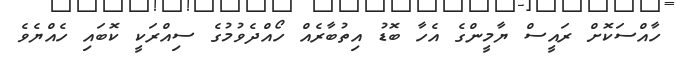
ހާއްސަކޮށް ރައީސް ޔާމީންގެ އެހާ ބޮޑު އިތުބާރެއް ހޯއްދެވުމުގެ ސިއްރަކީ ކޮބައި ހެއްޔެވެ